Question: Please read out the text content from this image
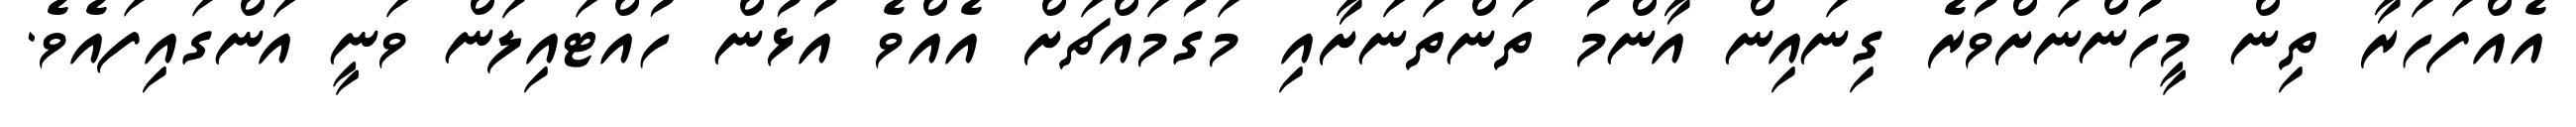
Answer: އެއްފަހަރާ ތިން މީހުންނަށްވުރެ ގިނައިން އާންމު ތަންތަނަށާއި މަގުމައްޗަށް އެއްވެ އުޅުން ހުއްޓައިލަން ވަނީ އަންގައިފައެވެ.